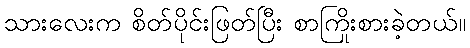
သားလေးက စိတ်ပိုင်းဖြတ်ပြီး စာကြိုးစားခဲ့တယ်။